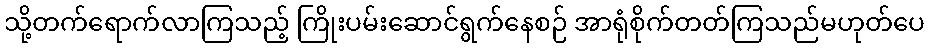
သို့တက်ရောက်လာကြသည့် ကြိုးပမ်းဆောင်ရွက်နေစဉ် အာရုံစိုက်တတ်ကြသည်မဟုတ်ပေ